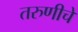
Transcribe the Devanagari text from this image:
तरुणीचे